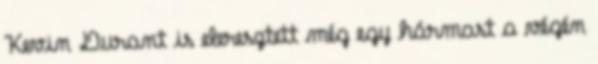
Kevin Durant is eleresztett még egy hármast a végén